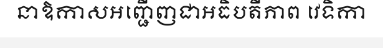
នាឱកាសអញ្ជើញជាអធិបតីភាព វេទិកា